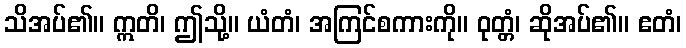
သိအပ်၏။ ဣတိ၊ ဤသို့။ ယံတံ၊ အကြင်စကားကို။ ဝုတ္တံ၊ ဆိုအပ်၏။ ဧတံ၊